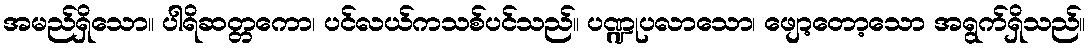
အမည်ရှိသော။ ပါရိဆတ္တကော၊ ပင်လယ်ကသစ်ပင်သည်။ ပဏ္ဍုပလာသော၊ ဖျော့တော့သော အရွက်ရှိသည်။